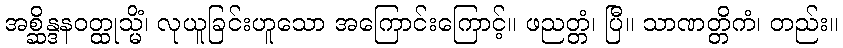
အစ္ဆိန္ဒနဝတ္ထုသ္မိံ၊ လုယူခြင်းဟူသော အကြောင်းကြောင့်။ ဖညတ္တံ၊ ပြီ။ သာဏတ္တိကံ၊ တည်း။